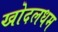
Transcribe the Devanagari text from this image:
खोदलधम